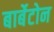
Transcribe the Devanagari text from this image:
बार्बेटोन